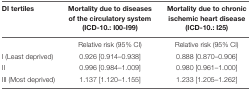
<table><thead><tr><td><b>DI tertiles</b></td><td><b>Mortality due to diseases of the circulatory system (ICD-10.: I00-I99)</b></td><td><b>Mortality due to chronic ischemic heart disease (ICD-10.: I25)</b></td></tr></thead><tbody><tr><td></td><td>Relative risk (95% CI)</td><td>Relative risk (95% CI)</td></tr><tr><td>I (Least deprived)</td><td>0.926 [0.914–0.938]</td><td>0.888 [0.870–0.906]</td></tr><tr><td>II</td><td>0.996 [0.984–1.009]</td><td>0.980 [0.961–1.000]</td></tr><tr><td>III (Most deprived)</td><td>1.137 [1.120–1.155]</td><td>1.233 [1.205–1.262]</td></tr></tbody></table>